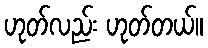
ဟုတ်လည်း ဟုတ်တယ်။